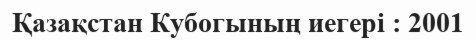
Қазақстан Кубогының иегері : 2001